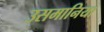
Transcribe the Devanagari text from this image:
उसमानिया